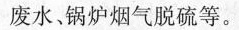
废水、锅炉烟气脱硫等。